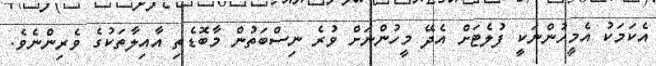
އެކަމަކު އެމީހުންނަކީ ފުލެޓަށް އެދޭ މީހުންނަށް ވުރެ ނިސްބަތުން މާބޮޑެތި އާއިލާތަކުގެ ވެރިންނެވެ.